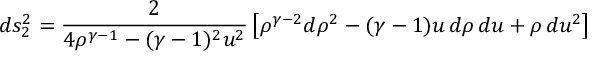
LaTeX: d s _ { 2 } ^ { 2 } = \frac { 2 } { 4 \rho ^ { \gamma - 1 } - ( \gamma - 1 ) ^ { 2 } u ^ { 2 } } \left[ \rho ^ { \gamma - 2 } d \rho ^ { 2 } - ( \gamma - 1 ) u \, d \rho \, d u + \rho \, d u ^ { 2 } \right]